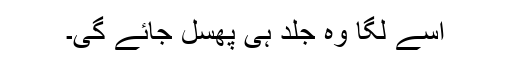
اسے لگا وہ جلد ہی پھسل جائے گی۔